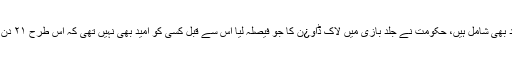
جس میں غیر ملکی جماعت کے افراد بھی شامل ہیں، حکومت نے جلد بازی میں لاک ڈاو¿ن کا جو فیصلہ لیا اس سے قبل کسی کو امید بھی نہیں تھی کہ اس طرح ۲۱ دن تک کیلے کرفیو نافذ کردیا جائے گا۔